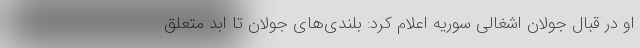
او در قبال جولان اشغالی سوریه اعلام کرد: بلندی‌های جولان تا ابد متعلق